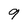
Character: 9